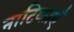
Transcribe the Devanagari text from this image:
नाटिकाएँ